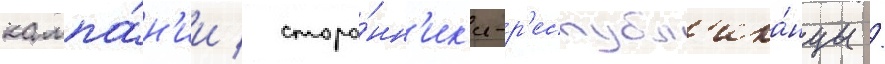
кампа́н'ии / сторо́нн'ик'и-р'еспубл'ика́нцы /